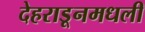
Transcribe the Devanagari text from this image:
देहराडूनमधली